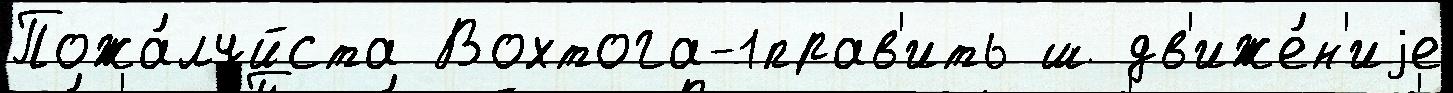
Пожа́луйста Вохтога-1прав'ить ш дв'иже́н'иjе